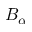
B _ { \alpha }